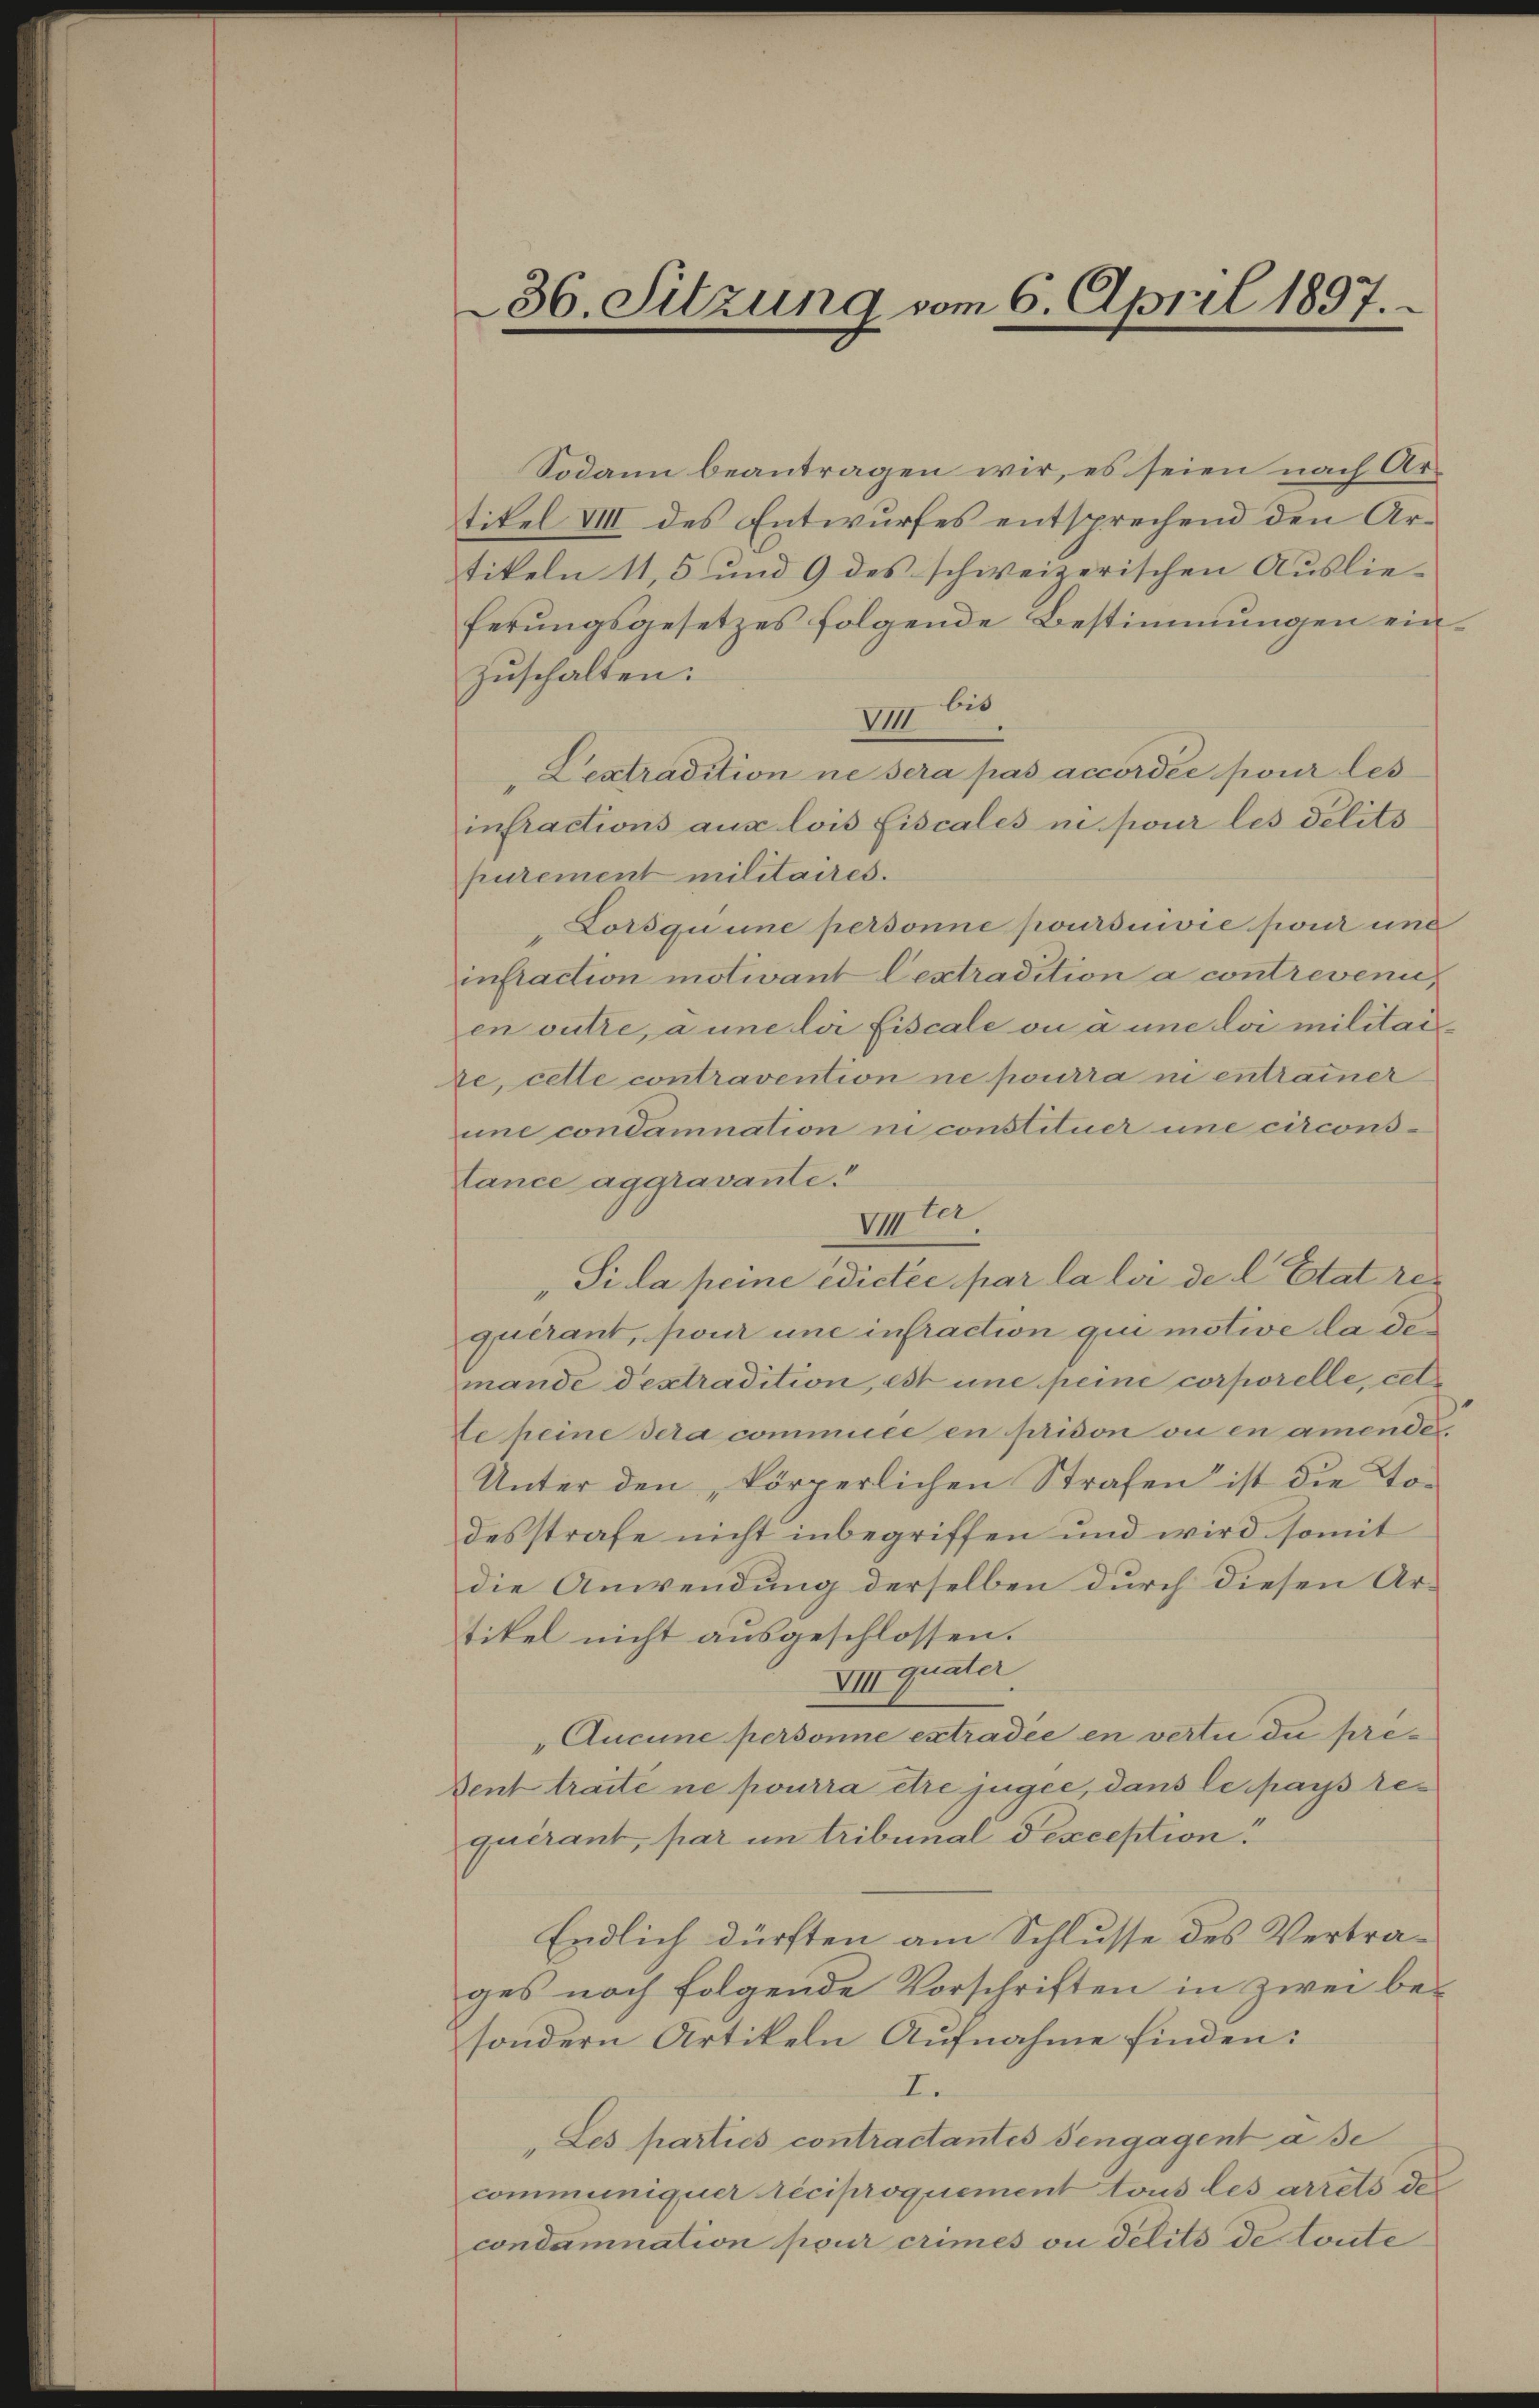
36. Sitzung vom 6. April 1897.

Sodann beantragen wir, es seien nach Artikel VIII des Entwurfes entsprechend den Artikeln 11, 5 und 9 des schweizerischen Auslieferŭngsgesetzes folgende Bestimmungen ein-
Zuschalten:
II bis
Lextradition ne sera pas accordée pour les
infractions aux lois Fiscales in pour les délits
purement militaires.
Lorsquine personne poursuivie pour und
instaction motivant lextradition a contreveni
en outre, a une loi Fiscale ou à une loi militaite, cette contravention ne pourra ni entrammer
eine condamnation in constituer une circons-
Cance aggravante.
ter
VIII
Si la peine Edictée par la loi de l. Etat re
quérant, pour une infraction qui motive la demande destradition, est une peine corporelle, cet
Ve peine dera commuée en prison ou en amendes.
Unter den „körperlichen Strafen ist die Todesstrafe nicht inbegriffen und wird somit
die Anwendung derselben durch diesen Ar-
tikel nicht ausgeschlossen.
VIII quater
Aucune personne extradie en vertie die pre¬
Vent traite ne pourra être jugée, dans le pays requirant, par un tribunal Pexception
Endlich dürften am Schlusse des Vertrages noch folgende Vorschriften in zwei be-
sondern Artikeln Aufnahme finden:
I.
Les parties contractantes sengagent a se
communiquer reciproquement tous les arrets des
condamnation pour crimes ou detito de toute